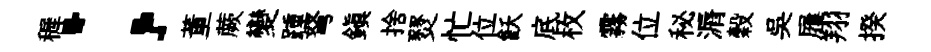
穉；董蕨變踵弩鎮捨燹忙位飫底枚霧位秘漘穀吳屨翔揆